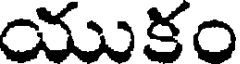
యుకం